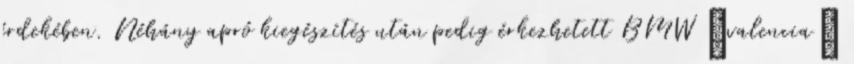
érdekében. Néhány apró kiegészítés után pedig érkezhetett BMW „valencia”